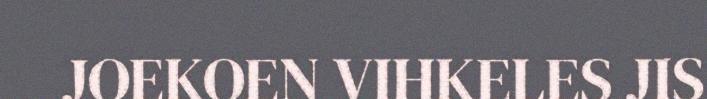
JOEKOEN VIHKELES JIS